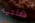
فعلتيه